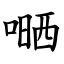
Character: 嗮